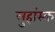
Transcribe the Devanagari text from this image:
लुहांस्क